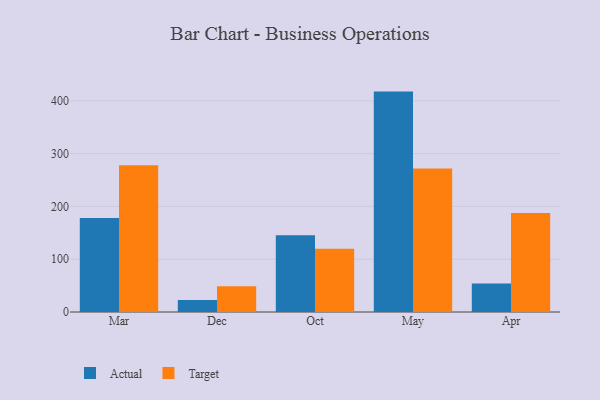
{"axis": {"x": "Month", "y": "Customer Acquisition Cost (USD)"}, "legend": ["Actual", "Target"], "data": [{"x": "Mar", "y": 178.2, "type": "Actual"}, {"x": "Mar", "y": 277.9, "type": "Target"}, {"x": "Dec", "y": 22.6, "type": "Actual"}, {"x": "Dec", "y": 48.7, "type": "Target"}, {"x": "Oct", "y": 145.6, "type": "Actual"}, {"x": "Oct", "y": 119.7, "type": "Target"}, {"x": "May", "y": 417.5, "type": "Actual"}, {"x": "May", "y": 271.8, "type": "Target"}, {"x": "Apr", "y": 54.0, "type": "Actual"}, {"x": "Apr", "y": 187.5, "type": "Target"}]}